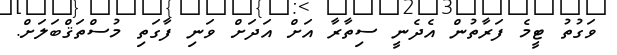
ވަގުތު ޓީމެ ފަރާތުން އެދެނީ ސިތާރާ އަށް އަދަށް ވަނި ފާގަތި މުސްތަޤްބަލަށް.